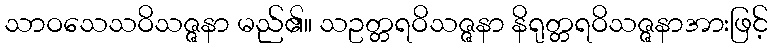
သာဝသေသဝိသဇ္ဇနာ မည်၏။ သဥတ္တရဝိသဇ္ဇနာ နိရုတ္တရဝိသဇ္ဇနာအားဖြင့်